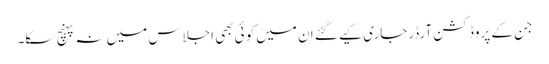
جن کے پروڈکشن آرڈرجاری کیے گئے ان میں کوئی بھی اجلاس میں نہ پہنچ سکا۔